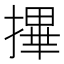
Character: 𢳂